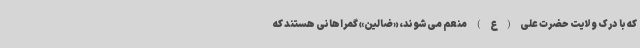
که با درک ولایت حضرت علی(ع) منعم می‌شوند، «ضالین» گمراهانی هستند که